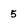
Character: 5